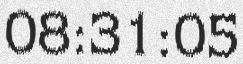
08:31:05